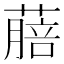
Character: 𦺎